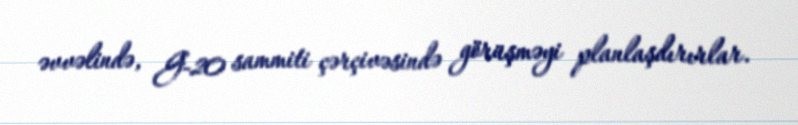
əvvəlində, G-20 sammiti çərçivəsində görüşməyi planlaşdırırlar.